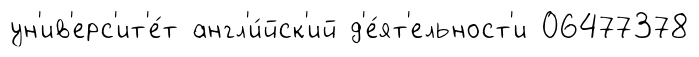
ун'ив'ерс'ит'е́т англ'и́йск'ий д'е́ят'ельност'и 06477378